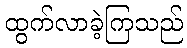
ထွက်လာခဲ့ကြသည်